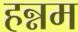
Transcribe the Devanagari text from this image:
हन्नम